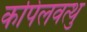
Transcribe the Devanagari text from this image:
कपिलवत्थु